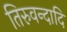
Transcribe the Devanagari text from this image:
तिरुवन्दादि